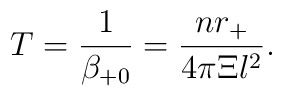
T=\frac 1{\beta _{+0}}=\frac{nr_{+}}{4\pi \Xi l^2}.